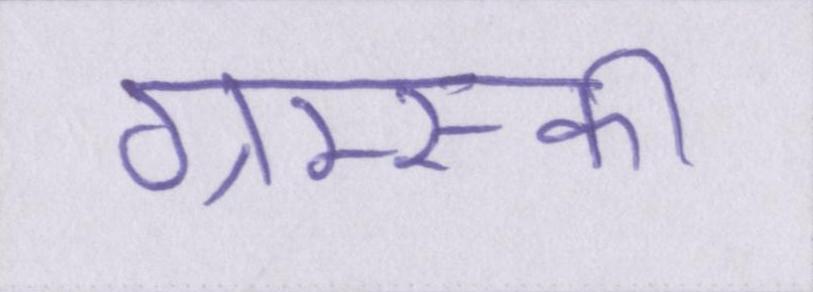
ग्राम्स्की